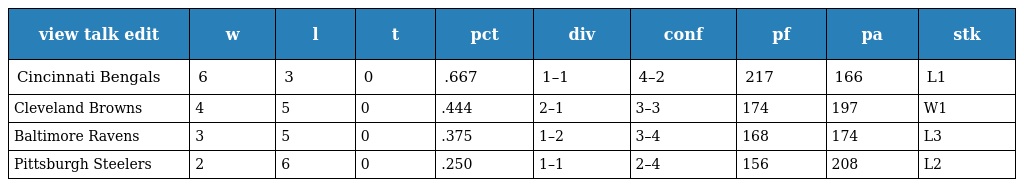
| view talk edit | w | l | t | pct | div | conf | pf | pa | stk |
 | --- | --- | --- | --- | --- | --- | --- | --- | --- | --- |
 | Cincinnati Bengals | 6 | 3 | 0 | .667 | 1–1 | 4–2 | 217 | 166 | L1 |
 | Cleveland Browns | 4 | 5 | 0 | .444 | 2–1 | 3–3 | 174 | 197 | W1 |
 | Baltimore Ravens | 3 | 5 | 0 | .375 | 1–2 | 3–4 | 168 | 174 | L3 |
 | Pittsburgh Steelers | 2 | 6 | 0 | .250 | 1–1 | 2–4 | 156 | 208 | L2 |